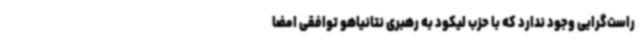
راست‌گرایی وجود ندارد که با حزب لیکود به رهبری نتانیاهو توافقی امضا